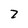
Character: 2